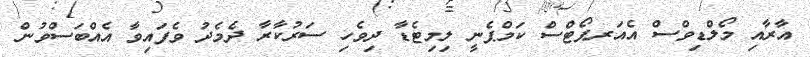
އާރާއި މޯލްޑިވްސް އެއަރޕޯޓްސް ކަމްޕެނީ ލިމިޓެޑާ ދިވެހި ސަރުކާރާ ދެމެދު ވެފައިވާ އެއްބަސްވުން